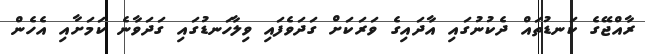
ރާއްޖޭގެ ކަނޑުތައް ދެކުނުގައި އާދައިގެ ވަރަކަށް ގަދަވެފައި ވިލާހަނޑުގައި ގަދަވާނެ ކަމަށާއި އެހެން